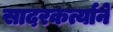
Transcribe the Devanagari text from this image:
सादरकर्त्याने